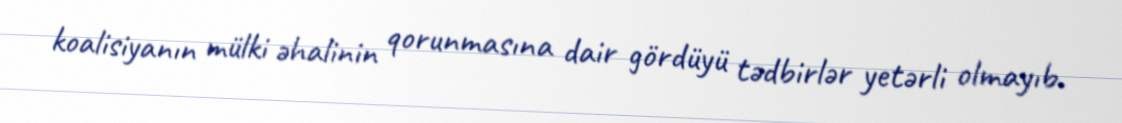
koalisiyanın mülki əhalinin qorunmasına dair gördüyü tədbirlər yetərli olmayıb.